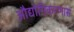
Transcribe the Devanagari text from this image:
औद्योगिकरणास